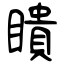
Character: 瞶